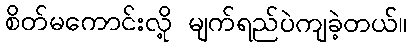
စိတ်မကောင်းလို့ မျက်ရည်ပဲကျခဲ့တယ်။